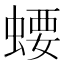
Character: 𧍔